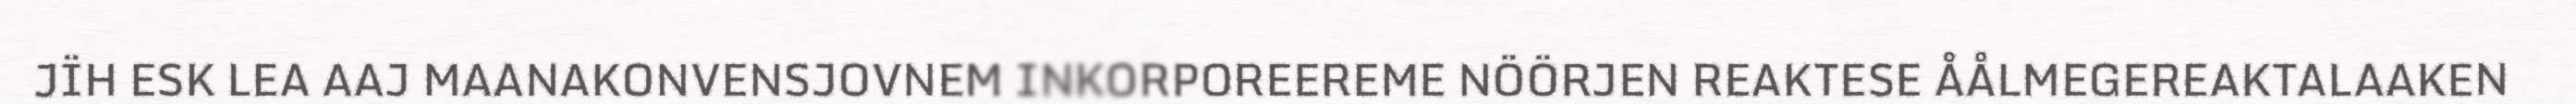
JÏH ESK LEA AAJ MAANAKONVENSJOVNEM INKORPOREEREME NÖÖRJEN REAKTESE ÅÅLMEGEREAKTALAAKEN